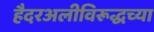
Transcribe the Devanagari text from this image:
हैदरअलीविरूद्धच्या